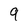
Character: 9